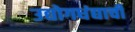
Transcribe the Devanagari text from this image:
उद्योगधंद्याची